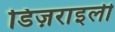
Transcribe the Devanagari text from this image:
डिज़राइली